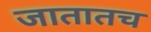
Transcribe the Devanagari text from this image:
जातातच